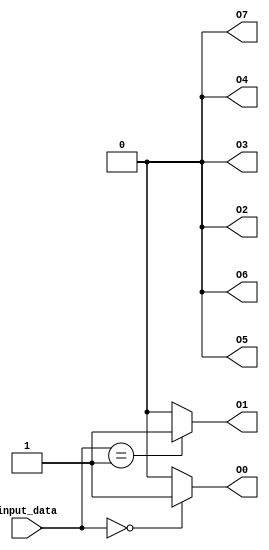
module octal_decoder (
    input [2:0] input_data,
    output reg O0,
    output reg O1,
    output reg O2,
    output reg O3,
    output reg O4,
    output reg O5,
    output reg O6,
    output reg O7
);

always @(*) begin
    case(input_data)
        3'b000: begin
            O0 = 1;
            O1 = 0;
            O2 = 0;
            O3 = 0;
            O4 = 0;
            O5 = 0;
            O6 = 0;
            O7 = 0;
        end
        3'b001: begin
            O0 = 0;
            O1 = 1;
            O2 = 0;
            O3 = 0;
            O4 = 0;
            O5 = 0;
            O6 = 0;
            O7 = 0;
        end
        // Continue setting the output signals for each unique input combination
        // ...
        default: begin
            O0 = 0;
            O1 = 0;
            O2 = 0;
            O3 = 0;
            O4 = 0;
            O5 = 0;
            O6 = 0;
            O7 = 0;
        end
    endcase
end

endmodule